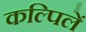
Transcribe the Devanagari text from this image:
कल्पिलें